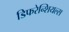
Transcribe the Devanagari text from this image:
डिफरेन्शियल्स